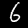
Label: 6